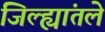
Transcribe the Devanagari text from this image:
जिल्ह्यांतले